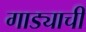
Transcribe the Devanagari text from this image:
गाड्याची